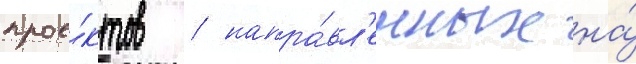
прое́ктов / напра́вл'енных на́